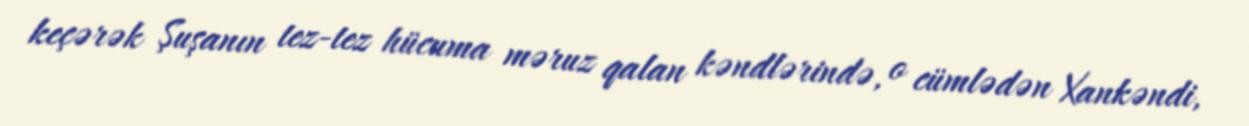
keçərək Şuşanın tez-tez hücuma məruz qalan kəndlərində, o cümlədən Xankəndi,